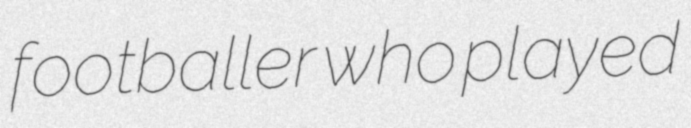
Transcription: footballer who played